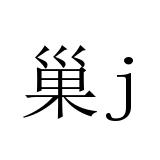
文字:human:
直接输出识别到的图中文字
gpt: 巢j